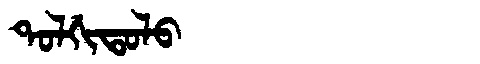
Manchu: ᡨᠣᠯᡤᡳᡨᠣᠯᠣ
Romanization: TOLGITOLO